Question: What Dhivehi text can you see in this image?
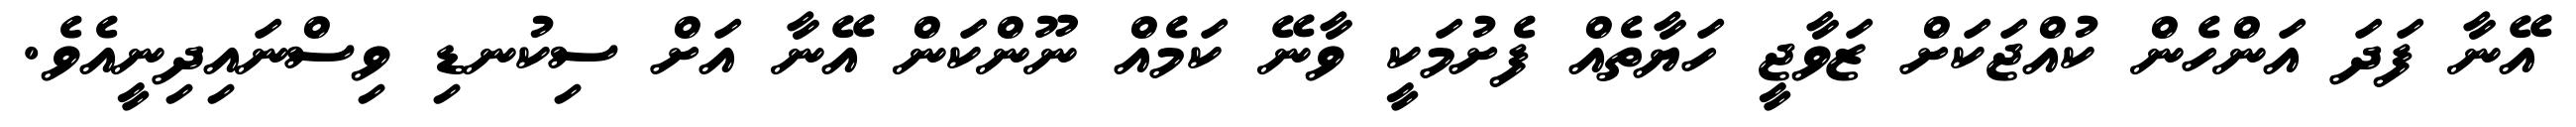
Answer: އޭނާ ފަދަ އަންހެން ކުއްޖަކަށް ޒަވާޖީ ހަޔާތެއް ފެށުމަކީ ވާނޭ ކަމެއް ނޫންކަން އޭނާ އަށް ސިކުނޑި ވިސްނައިދިނީއެވެ.